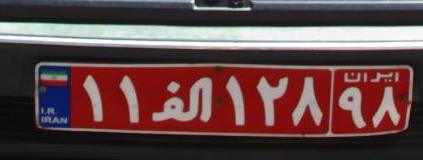
۱۱ا۱۲۸۹۸